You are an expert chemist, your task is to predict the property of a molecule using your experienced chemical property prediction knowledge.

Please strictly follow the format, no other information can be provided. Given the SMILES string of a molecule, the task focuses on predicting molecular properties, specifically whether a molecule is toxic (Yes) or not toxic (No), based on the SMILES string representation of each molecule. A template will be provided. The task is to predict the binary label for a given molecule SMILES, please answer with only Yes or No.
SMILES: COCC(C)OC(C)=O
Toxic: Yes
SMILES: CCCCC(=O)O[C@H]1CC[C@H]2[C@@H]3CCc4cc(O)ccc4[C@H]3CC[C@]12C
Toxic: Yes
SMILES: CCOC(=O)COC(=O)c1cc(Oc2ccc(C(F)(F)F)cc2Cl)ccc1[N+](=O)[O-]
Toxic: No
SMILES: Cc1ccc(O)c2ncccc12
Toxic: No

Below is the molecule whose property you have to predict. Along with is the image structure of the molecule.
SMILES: C=C(C)[C@@H]1CCC2=CC(=O)C[C@@H](C)[C@]2(C)C1
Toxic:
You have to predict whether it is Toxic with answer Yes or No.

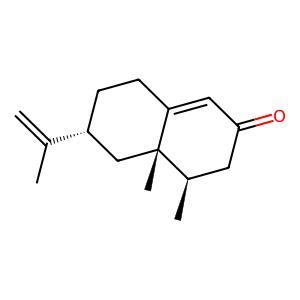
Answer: No